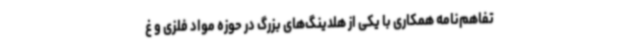
تفاهم‌نامه همکاری با یکی از هلدینگ‌های بزرگ در حوزه مواد فلزی و غ